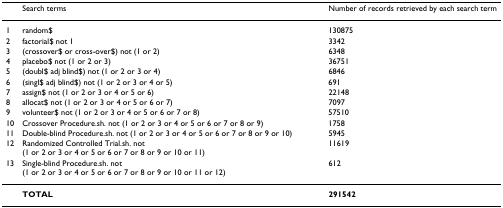
<table><thead><tr><td></td><td><b>Search terms</b></td><td><b>Number of records retrieved by each search term</b></td></tr></thead><tbody><tr><td>1</td><td>random$</td><td>130875</td></tr><tr><td>2</td><td>factorial$ not 1</td><td>3342</td></tr><tr><td>3</td><td>(crossover$ or cross-over$) not (1 or 2)</td><td>6348</td></tr><tr><td>4</td><td>placebo$ not (1 or 2 or 3)</td><td>36751</td></tr><tr><td>5</td><td>(doubl$ adj blind$) not (1 or 2 or 3 or 4)</td><td>6846</td></tr><tr><td>6</td><td>(singl$ adj blind$) not (1 or 2 or 3 or 4 or 5)</td><td>691</td></tr><tr><td>7</td><td>assign$ not (1 or 2 or 3 or 4 or 5 or 6)</td><td>22148</td></tr><tr><td>8</td><td>allocat$ not (1 or 2 or 3 or 4 or 5 or 6 or 7)</td><td>7097</td></tr><tr><td>9</td><td>volunteer$ not (1 or 2 or 3 or 4 or 5 or 6 or 7 or 8)</td><td>57510</td></tr><tr><td>10</td><td>Crossover Procedure.sh. not (1 or 2 or 3 or 4 or 5 or 6 or 7 or 8 or 9)</td><td>1758</td></tr><tr><td>11</td><td>Double-blind Procedure.sh. not (1 or 2 or 3 or 4 or 5 or 6 or 7 or 8 or 9 or 10)</td><td>5945</td></tr><tr><td>12</td><td>Randomized Controlled Trial.sh. not (1 or 2 or 3 or 4 or 5 or 6 or 7 or 8 or 9 or 10 or 11)</td><td>11619</td></tr><tr><td>13</td><td>Single-blind Procedure.sh. not (1 or 2 or 3 or 4 or 5 or 6 or 7 or 8 or 9 or 10 or 11 or 12)</td><td>612</td></tr><tr><td></td><td><b>TOTAL</b></td><td><b>291542</b></td></tr></tbody></table>